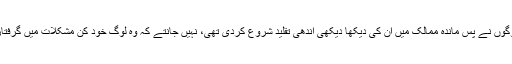
جن لوگوں نے پس ماندہ ممالک میں ان کی دیکھا دیکھی اندھی تقلید شروع کردی تھی، نہیں جانتے کہ وہ لوگ خود کن مشکلات میں گرفتار ہیں۔